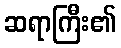
ဆရာကြီး၏